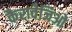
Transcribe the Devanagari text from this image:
कैरावेजिओ